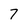
Character: 7